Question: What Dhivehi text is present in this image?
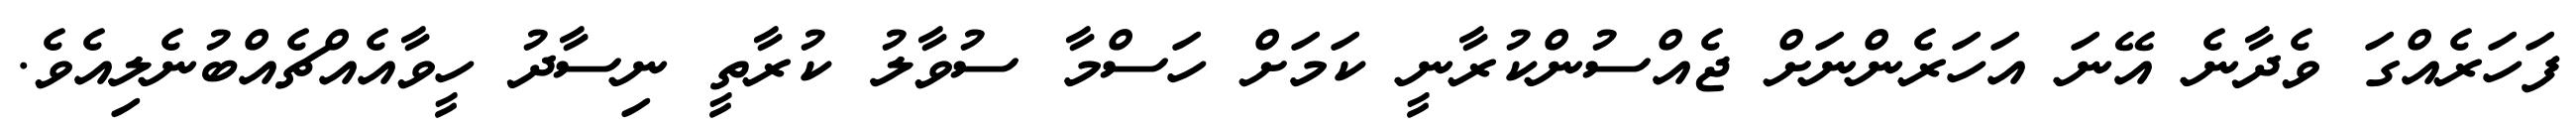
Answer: ފަހަރެއްގަ ވެދާނެ އޭނަ އަހަރެންނަށް ޖެއްސުންކުރާނީ ކަމަށް ހަސްމާ ސުވާލު ކުރާތީ ނިސާދު ހީވާއެއްޗެއްބުނެލިއެވެ.